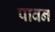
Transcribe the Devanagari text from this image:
पावनं